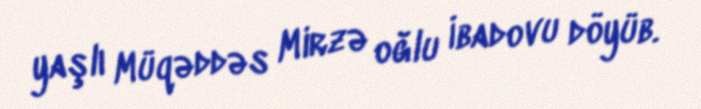
yaşlı Müqəddəs Mirzə oğlu İbadovu döyüb.